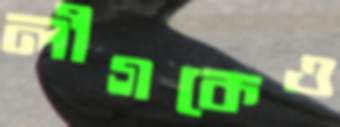
লীগকেও